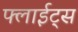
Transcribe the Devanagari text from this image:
फ्लाईट्स